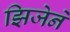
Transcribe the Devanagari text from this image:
झिजेने